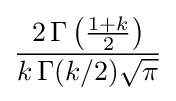
{\frac {2\,\Gamma \left({\frac {1+k}{2}}\right)}{k\,\Gamma (k/2){\sqrt {\pi }}}}